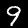
Digit: 9